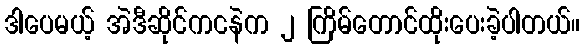
ဒါပေမယ့် အဲဒီဆိုင်ကငနဲက ၂ ကြိမ်တောင်ထိုးပေးခဲ့ပါတယ်။